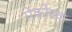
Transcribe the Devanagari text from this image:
पेकोक्क